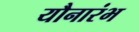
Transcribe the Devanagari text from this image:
यौनारंभ